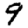
Digit: 9